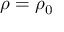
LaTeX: \rho = \rho _ { 0 }